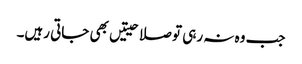
جب وہ نہ رہی تو صلاحیتیں بھی جاتی رہیں۔